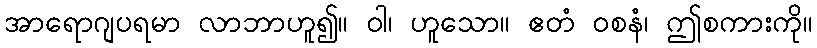
အာရောဂျပရမာ လာဘာဟူ၍။ ဝါ၊ ဟူသော။ ဧတံ ဝစနံ၊ ဤစကားကို။